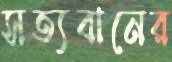
সত্যবানের